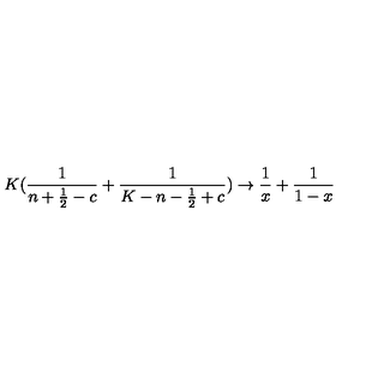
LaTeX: K ( { \frac { 1 } { n + { \frac { 1 } { 2 } } - c } } + { \frac { 1 } { K - n - { \frac { 1 } { 2 } } + c } } ) \rightarrow { \frac { 1 } { x } } + { \frac { 1 } { 1 - x } }